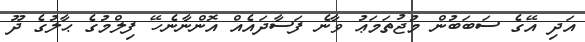
އަދި އޭގެ ސަބަބުން މުޖުތަމަޢު ވާނެ ފަސާދައެއް އޮންނާނެހޭ ފިލްމުގެ ޙާލުގެ ދޫ